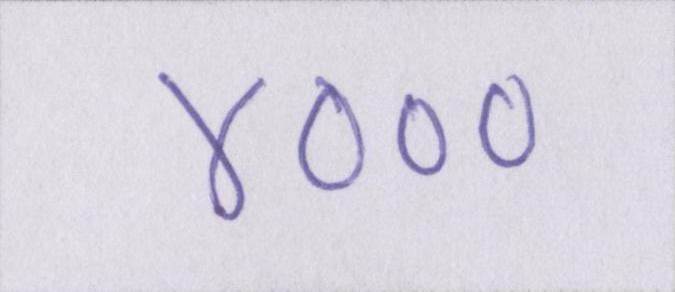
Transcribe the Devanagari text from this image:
४०००